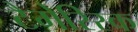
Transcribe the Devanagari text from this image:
टैमेरिस्क